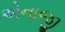
એનાજી